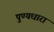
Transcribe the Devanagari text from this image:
पुण्यधारा